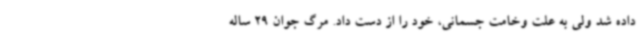
داده شد ولی به علت وخامت جسمانی، خود را از دست داد. مرگ جوان 29 ساله